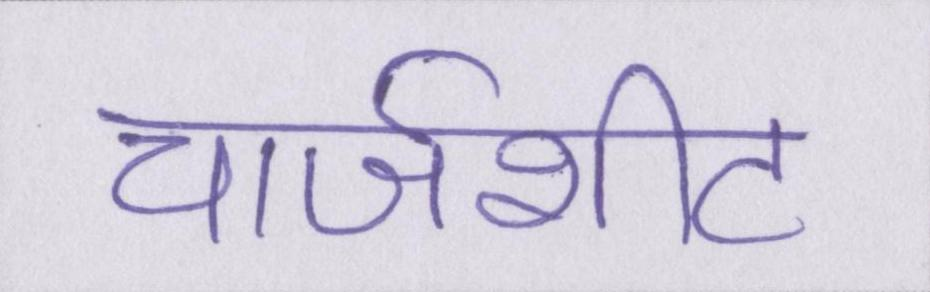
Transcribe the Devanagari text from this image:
चार्जशीट